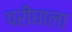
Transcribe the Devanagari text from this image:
परीघाला